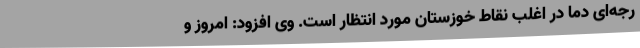
رجه‌ای دما در اغلب نقاط خوزستان مورد انتظار است. وی افزود: امروز و